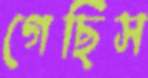
গেছিস